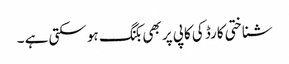
شناختی کارڈ کی کاپی پر بھی بکنگ ہو سکتی ہے ۔